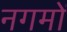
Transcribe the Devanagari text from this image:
नगमों